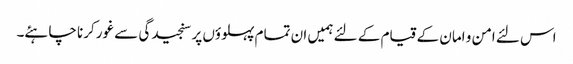
اس لئے امن و امان کے قیام کے لئے ہمیں ان تمام پہلوؤں پر سنجیدگی سے غور کرنا چاہئے۔